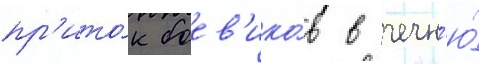
пр'ито́к боев'ико́в в чечн'ю́